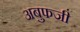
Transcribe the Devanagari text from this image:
अबुफजी